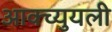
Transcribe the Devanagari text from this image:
आक्च्युयली